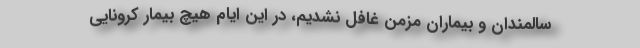
سالمندان و بیماران مزمن غافل نشدیم، در این ایام هیچ بیمار کرونایی